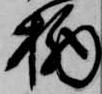
栖